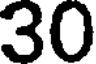
30